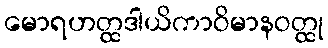
မောရဟတ္ထဒါယိကာဝိမာနဝတ္ထု